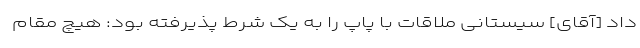
داد [آقای] سیستانی ملاقات با پاپ را به یک شرط پذیرفته بود: هیچ مقام